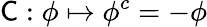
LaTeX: {\mathsf{C}}:\phi\mapsto\phi^{c}=-\phi